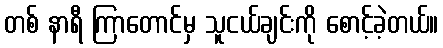
တစ် နာရီ ကြာတောင်မှ သူငယ်ချင်းကို စောင့်ခဲ့တယ်။